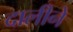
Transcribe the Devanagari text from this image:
दालीने